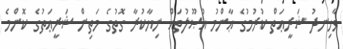
ވާހިނދު ޝަރީޢަތް ކުރުމުގެ ޢާންމު އުޞޫލުތައް ނިޔާކުރާ ގޮތުގެ މަތިން ޝަރީޢަތުގެ ކޮންމެ